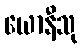
ယောနီသု